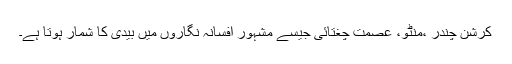
کرشن چندر ،منٹو، عصمت چغتائی جیسے مشہور افسانہ نگاروں میں بیدی کا شمار ہوتا ہے۔